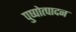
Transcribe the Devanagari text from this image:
पुष्पोत्पादन